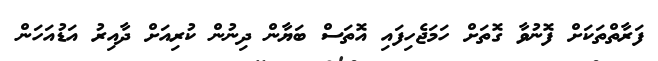
ފަރާތްތަކަށް ފޮނުވާ ގޮތަށް ހަމަޖެހިފައި އޮތަސް ބަޔާން ދިނުން ކުރިއަށް ދާއިރު އަޑުއަހަން